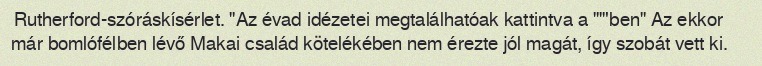
Rutherford-szóráskísérlet. "Az évad idézetei megtalálhatóak kattintva a ""'ben" Az ekkor már bomlófélben lévő Makai család kötelékében nem érezte jól magát, így szobát vett ki.